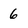
Character: 6